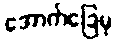
အောက်ခြေမှ